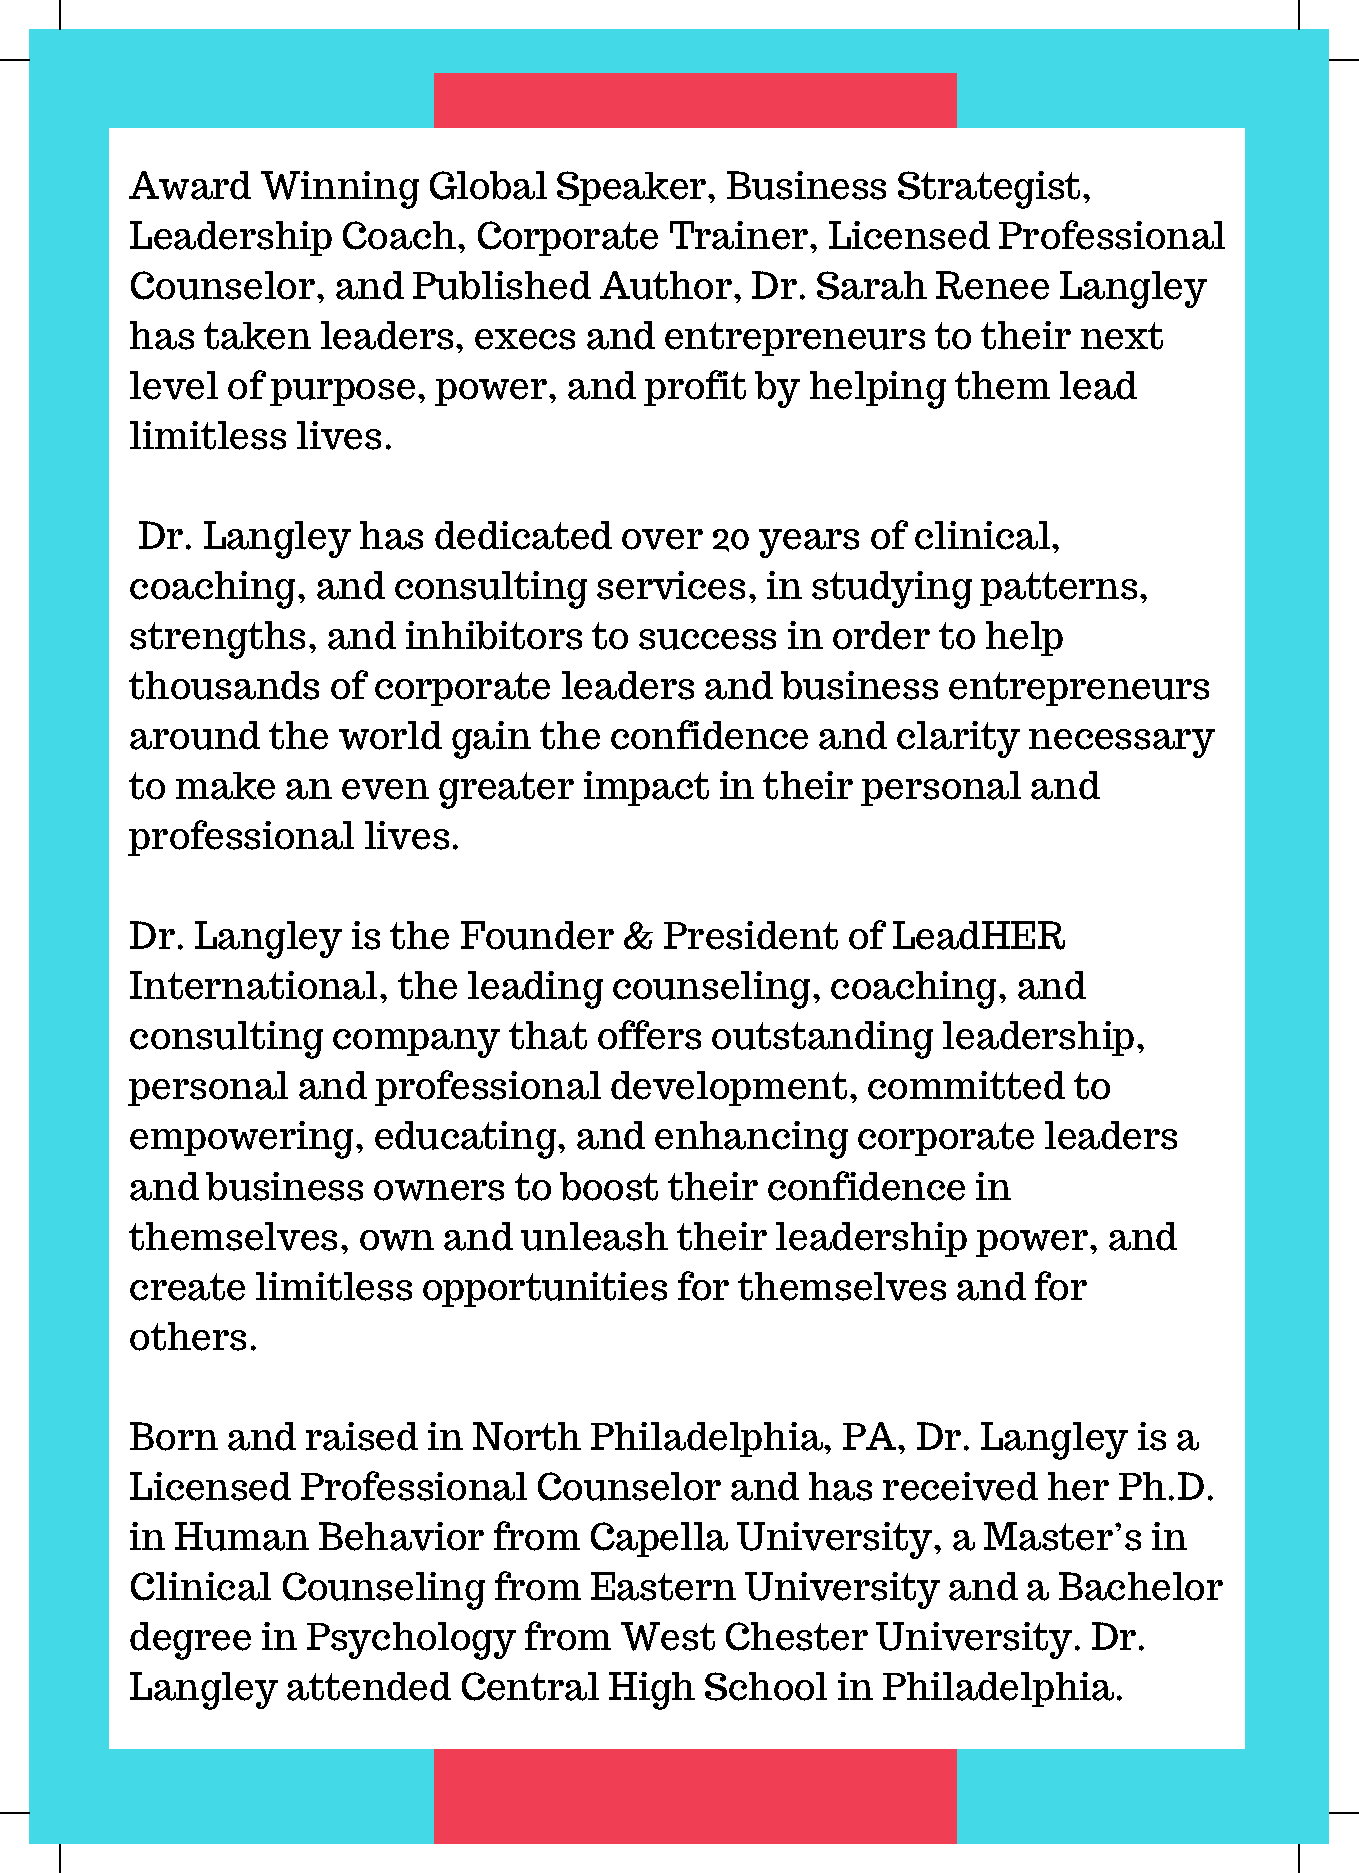
Award   Winning    Global   Speaker,   Business   Strategist,
 Leadership    Coach,  Corporate    Trainer,   Licensed   Professional
 Counselor,   and  Published    Author,   Dr. Sarah   Renee   Langley
 has taken   leaders,  execs   and  entrepreneurs     to their next
 level of purpose,   power,   and  profit by  helping  them   lead
 limitless  lives.
 Dr. Langley    has  dedicated   over  20 years   of clinical,
 coaching,   and  consulting   services,   in studying   patterns,
 strengths,   and  inhibitors  to success   in order  to help
 thousands    of corporate   leaders   and  business   entrepreneurs
 around   the world   gain  the confidence    and  clarity  necessary
 to make   an  even  greater   impact   in their personal   and
 professional   lives.
 Dr. Langley   is the Founder    &  President   of LeadHER
 International,   the  leading  counseling,    coaching,   and
 consulting   company     that offers  outstanding    leadership,
 personal   and  professional   development,     committed     to
 empowering,     educating,   and  enhancing     corporate   leaders
 and  business   owners   to boost  their  confidence    in
 themselves,    own  and  unleash    their leadership    power,  and
 create  limitless  opportunities    for themselves    and  for
 others.
 Born  and  raised  in North   Philadelphia,    PA,  Dr. Langley   is a
 Licensed   Professional   Counselor    and  has  received   her  Ph.D.
 in Human    Behavior    from  Capella   University,   a Master’s   in
 Clinical  Counseling    from  Eastern   University    and  a Bachelor
 degree  in Psychology     from  West   Chester   University.   Dr.
 Langley   attended   Central   High   School  in Philadelphia.